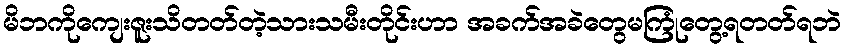
မိဘကိုကျေးဇူးသိတတ်တဲ့သားသမီးတိုင်းဟာ အခက်အခဲတွေမကြုံတွေ့ရတတ်ရဘဲ